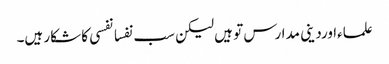
علماءاوردینی مدارس تو ہیں لیکن سب نفسانفسی کا شکار ہیں۔